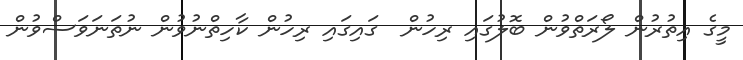
މީގެ އިތުރުން ލޯރަތްވުން ބޮލުގައި ރިހުން  ގައިގައި ރިހުން ކާހިތްނުވުން ނުތަނަވަސްވުން